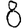
Digit: 8